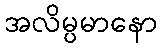
အလိမ္ပမာနော